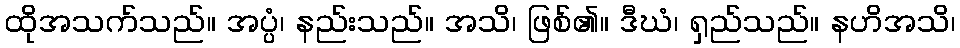
ထိုအသက်သည်။ အပ္ပံ၊ နည်းသည်။ အသိ၊ ဖြစ်၏။ ဒီဃံ၊ ရှည်သည်။ နဟိအသိ၊